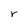
Character: r